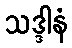
သဒ္ဒါနံ